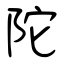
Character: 陀